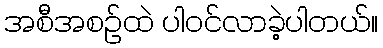
အစီအစဥ်ထဲ ပါဝင်လာခဲ့ပါတယ်။